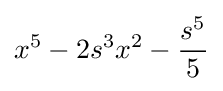
x^{5}-2s^{3}x^{2}-{\frac {s^{5}}{5}}